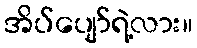
အိပ်ပျော်ရဲ့လား။